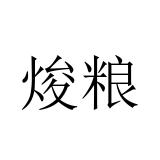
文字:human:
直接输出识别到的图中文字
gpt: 焌粮